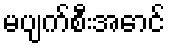
မပျက်စီးအောင်